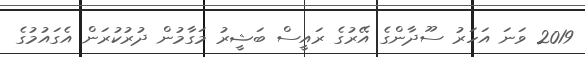
2019 ވަނަ އަހަރު ސޫދާންގެ އޭރުގެ ރައީސް ބަޝީރު މަގާމުން ދުރުކުރަން އެގައުމުގެ